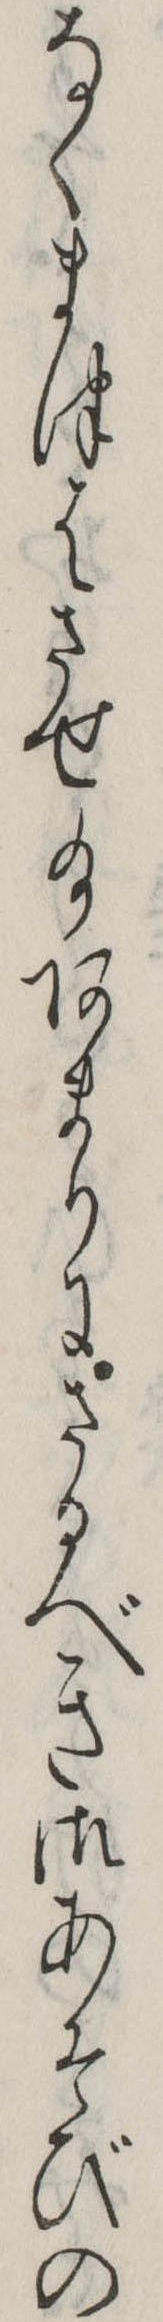
なくまつはさせ給あまりにさるべき御あそびの